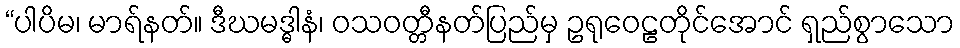
“ပါပိမ၊ မာရ်နတ်။ ဒီဃမဒ္ဓါနံ၊ ဝသဝတ္တီနတ်ပြည်မှ ဥရုဝေဠတိုင်အောင် ရှည်စွာသော